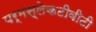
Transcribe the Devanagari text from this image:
पर्मस्लेकटीवीटी